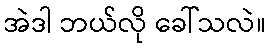
အဲဒါ ဘယ်လို ခေါ်သလဲ။